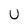
Character: u